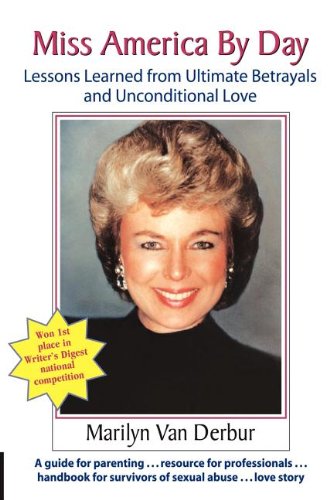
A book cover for Miss America by Day: Lessons Learned from Ultimate Betrayals and Unconditional Love; Marilyn Van Derbur; Self-Help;